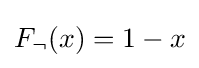
F_{\neg }(x)=1-x